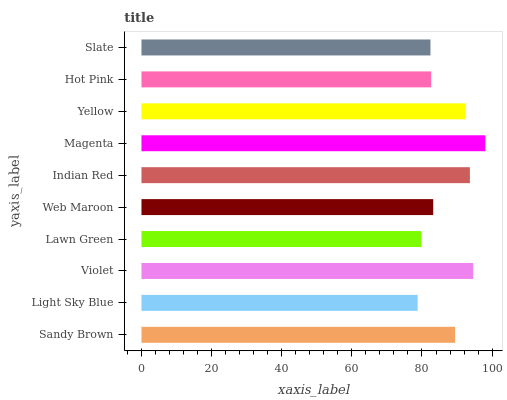
| yaxis_label | bars |
 | --- | --- |
 | Sandy Brown | 89.4 |
 | Light Sky Blue | 78.8 |
 | Violet | 94.6 |
 | Lawn Green | 79.8 |
 | Web Maroon | 83.2 |
 | Indian Red | 93.7 |
 | Magenta | 98.1 |
 | Yellow | 92.4 |
 | Hot Pink | 82.6 |
 | Slate | 82.4 |